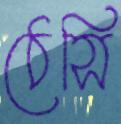
ঠেসি